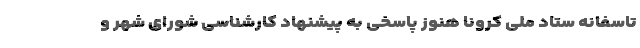
تاسفانه ستاد ملی کرونا هنوز پاسخی به پیشنهاد کارشناسی شورای شهر و